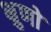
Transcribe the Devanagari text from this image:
भ्रुणों